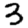
Digit: 3